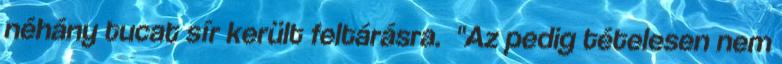
néhány tucat sír került feltárásra. "Az pedig tételesen nem